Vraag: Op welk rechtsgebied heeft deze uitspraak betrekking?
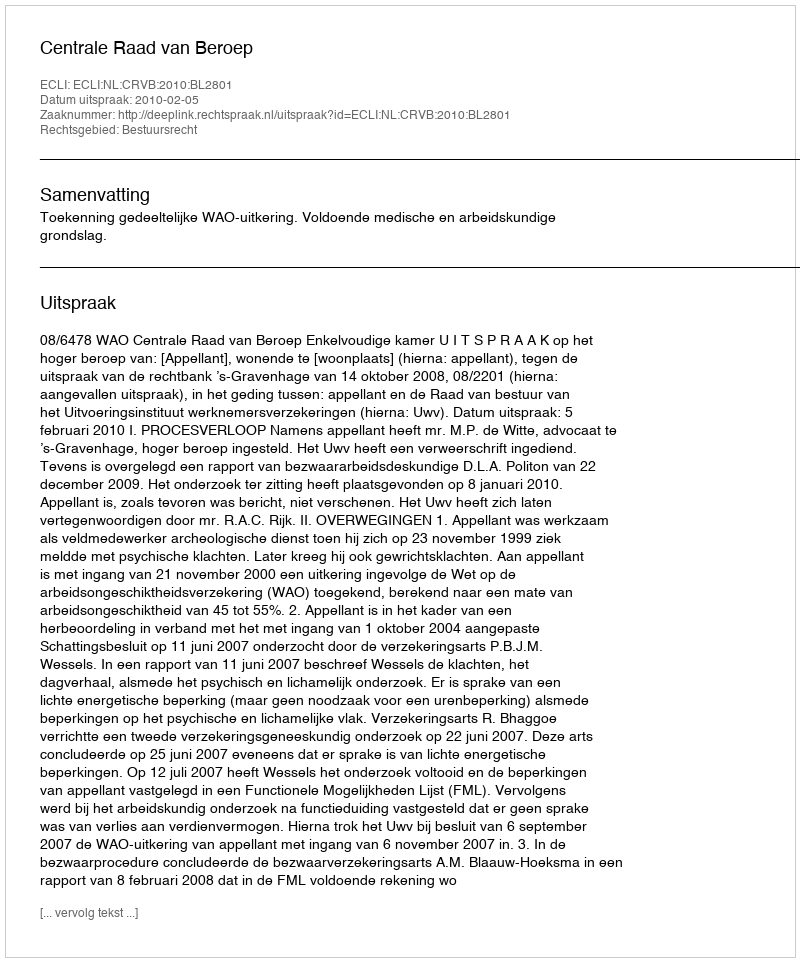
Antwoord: Bestuursrecht